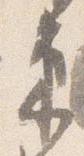
束